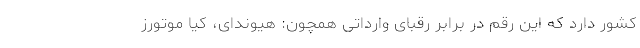
کشور دارد که این رقم در برابر رقبای وارداتی همچون: هیوندای، کیا موتورز